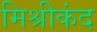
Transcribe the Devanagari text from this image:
मिश्रीकंद